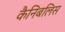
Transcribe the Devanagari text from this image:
कैनिबलिस